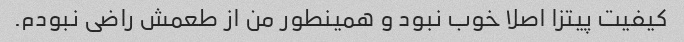
کیفیت پیتزا اصلا خوب نبود و همینطور من از طعمش راضی نبودم.